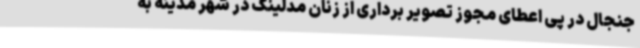
جنجال در پی اعطای مجوز تصویر برداری از زنان مدلینگ در شهر مدینه به